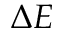
\Delta E